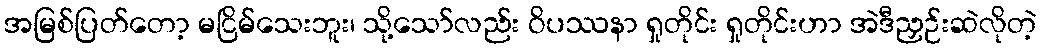
အမြစ်ပြတ်တော့ မငြိမ်သေးဘူး၊ သို့သော်လည်း ဝိပဿနာ ရှုတိုင်း ရှုတိုင်းဟာ အဲဒီညှဉ်းဆဲလိုတဲ့